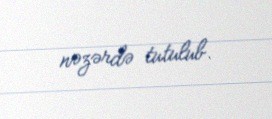
nəzərdə tutulub.